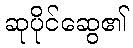
ဆုပိုင်ဆွေ၏